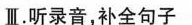
Ⅲ.听录音,补全句子